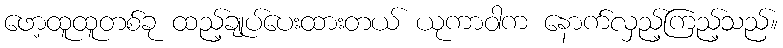
ဖော့ထူထူတစ်ခု ထည့်ချုပ်ပေးထားတယ် ယုကာဝါက နောက်လှည့်ကြည့်သည်။